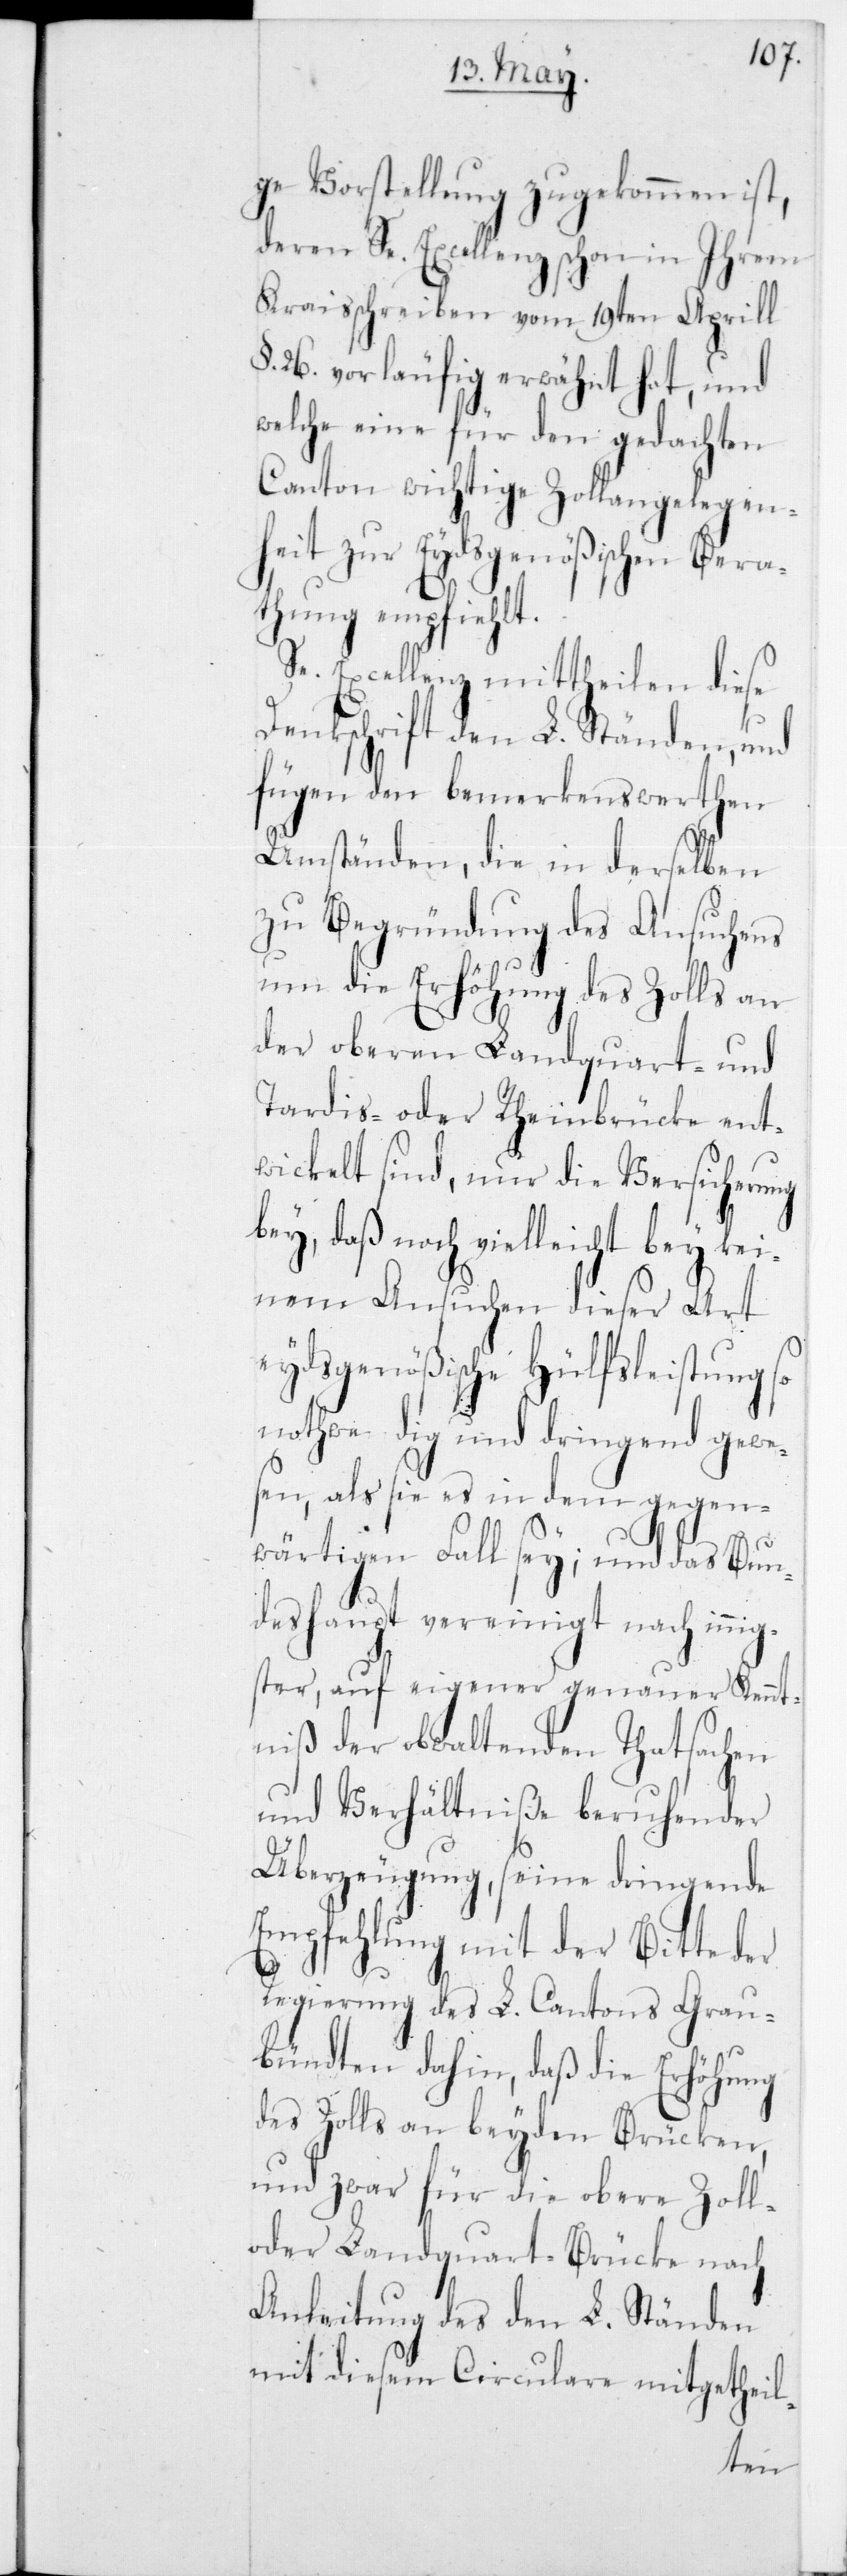
ge Vorstellung zugekommen ist,
deren Se. Excellenz schon in Ihrem
Kreisschreiben vom 19ten Aprill
§ 26 vorläufig erwähnt hat, und
welche eine für den gedachten
Canton wichtige Zollangelegen¬
heit zur Eydsgenößischen Bera¬
thung empfiehlt.
Se Excellenz mittheilen diese
Denkschrift den L. Ständen, und
fügen den bemerkenswerthen
Umständen, die in derselben
zu Begründung des Ansuchens
um die Erhöhung des Zolls an
der oberen Landquart- und
Tardis- oder Rheinbrücke ent¬
wickelt sind, nur die Versicherung
bey, daß noch vielleicht bey kei¬
nem Ansuchen dieser Art
eydsgenößische Hülfsleistung so
nothwendig und dringend gewe¬
sen, als sie es in dem gegen¬
wärtigen Fall sey; und das Bun¬
deshaupt vereinigt nach innig¬
ster, auf eigener genauer Kennt¬
niß der obwaltenden Tatsachen
und Verhältnisse beruhender
Überzeugung, seine dringende
Empfehlung mit der Bitte der
Regierung des L. Cantons Grau¬
bündten dahin, daß die Erhöhung
des Zolls an beyden Brücken,
und zwar für die obere Zoll-
oder Landquart-Brücke nach
Anleitung des den L. Ständen
mit diesem Circulare mitgetheil-